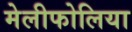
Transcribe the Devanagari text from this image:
मेलीफोलिया